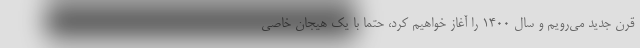
قرن جدید می‌رویم و سال ۱۴۰۰ را آغاز خواهیم کرد، حتما با یک هیجان خاصی